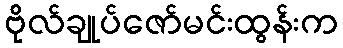
ဗိုလ်ချုပ်ဇော်မင်းထွန်းက